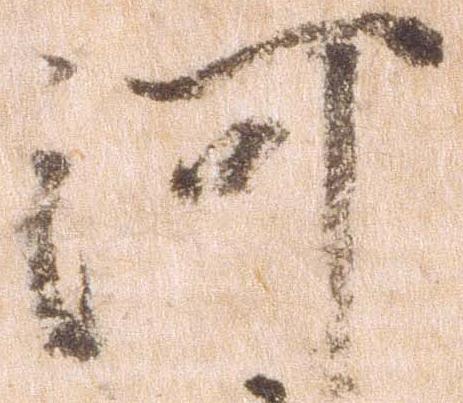
河